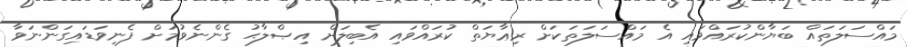
މައްސަލަތައް ބަޔާންކުރައްވައި އެ މައްސަލަތަކަށް ރިޢާޔަތް ކުރައްވައި އެބިލަށް އިޞްލާޙު ގެންނެވުމަށް ފެނިވަޑައިގަންނަވާ